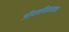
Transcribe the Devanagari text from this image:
जीवनविकासाचा